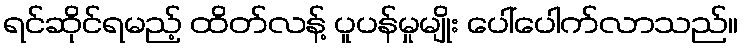
ရင်ဆိုင်ရမည့် ထိတ်လန့် ပူပန်မှုမျိုး ပေါ်ပေါက်လာသည်။